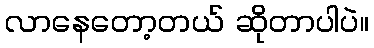
လာနေတော့တယ် ဆိုတာပါပဲ။